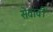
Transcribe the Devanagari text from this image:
सेवावीं